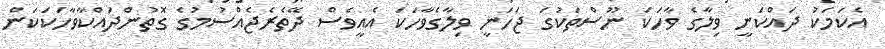
އެކަމަކު ދައްކަނީ ވިލާގެ ވާހަކަ ނޫސްތަކުގަ ޖަހަނީ ވިލާގެވާހަކަ އެއީވެސް ދޭތެރެޖެއްސުމުގެ ގޮތުންދައްކާވާހަކަކަން